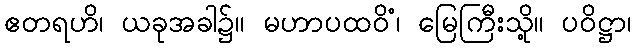
ဧတရဟိ၊ ယခုအခါ၌။ မဟာပထဝိံ၊ မြေကြီးသို့။ ပဝိဋ္ဌာ၊